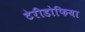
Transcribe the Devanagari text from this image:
टेरीडोफिया